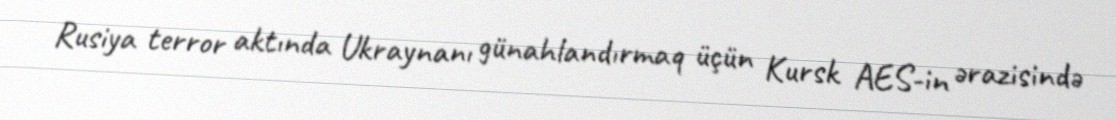
Rusiya terror aktında Ukraynanı günahlandırmaq üçün Kursk AES-in ərazisində